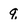
Character: q